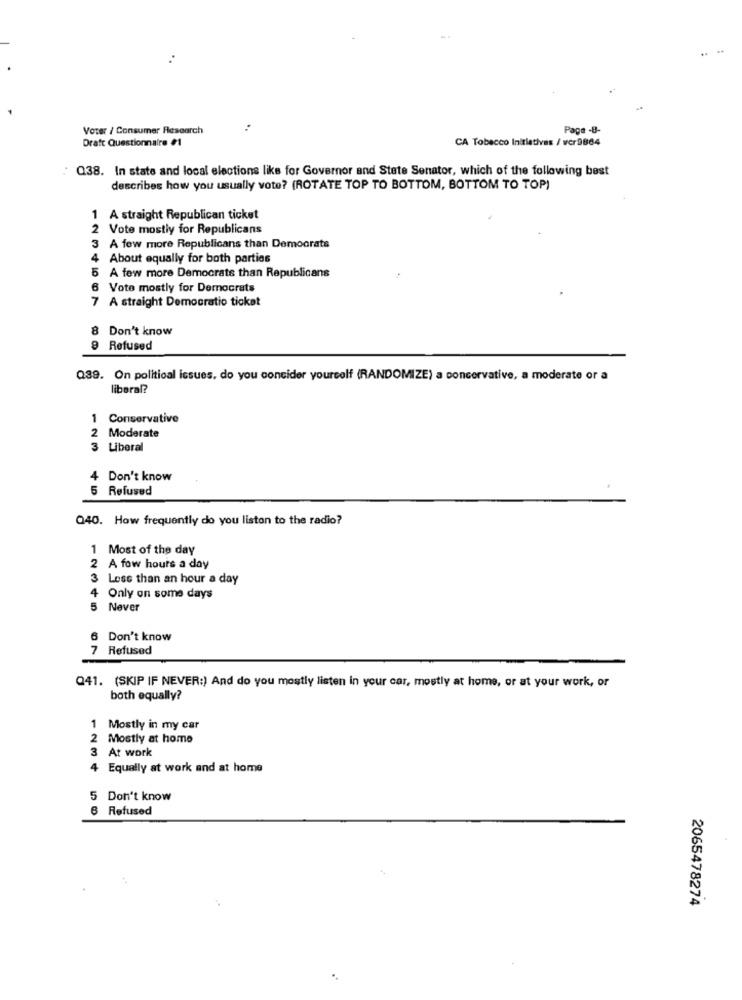
Voter / Consumer Research
Page -8-
Draft Questionnaire #1
CA Tobacco Initiatives / vcr 9864
Q38. In state and local elections like for Governor and State Senator, which of the following best
describes how you usually vote? (ROTATE TOP TO BOTTOM, BOTTOM TO TOP)
A straight Republican ticket
1
2 Vote mostly for Republicans
3 A few more Republicans than Democrats
4
About equally for both parties
5 A few more Democrats than Republicans
6 Vote mostly for Democrats
7 A straight Democratio ticket
8 Don't know
9 Refused
Q39. On political issues, do you consider yourself (RANDOMIZE) a conservative, a moderate or a
liberal?
1 Conservative
2
Moderate
3 Liberal
4 Don't know
5 Refused
Q40. How frequently do you listen to the radio?
1 Most of the day
2 A few hours a day
3 Less than an hour a day
4 Only on some days
Never
6 Don't know
7 Refused
Q41. (SKIP IF NEVER:) And do you mostly listen in your car, mostly at home, or at your work, or
both equally?
1 Mostly in my car
2 Mostly at home
3 At work
4 Equally at work and at home
5 Don't know
6 Refused
2065478274